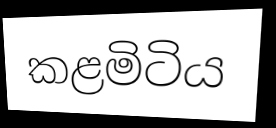
කළමිටිය